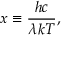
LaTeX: x \equiv { \frac { h c } { \lambda k T } } ,